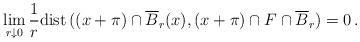
LaTeX: \begin{align*}\lim_{r\downarrow 0} \frac{1}{r} {\rm dist}\, ((x+\pi)\cap \overline{B}_r (x), (x+\pi)\cap F \cap \overline{B}_r) = 0\, .\end{align*}